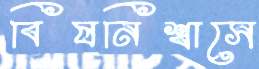
বিষনিশ্বাসে